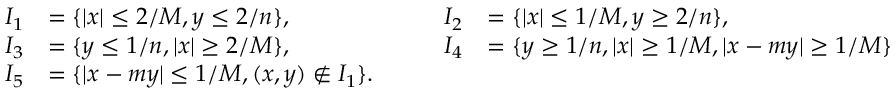
\begin{array} { r l r l r l } { I _ { 1 } } & { = \{ | x | \leq 2 / M , y \leq 2 / n \} , } & & { } & { I _ { 2 } } & { = \{ | x | \leq 1 / M , y \geq 2 / n \} , } \\ { I _ { 3 } } & { = \{ y \leq 1 / n , | x | \geq 2 / M \} , } & & { } & { I _ { 4 } } & { = \{ y \geq 1 / n , | x | \geq 1 / M , | x - m y | \geq 1 / M \} } \\ { I _ { 5 } } & { = \{ | x - m y | \leq 1 / M , ( x , y ) \notin I _ { 1 } \} . } \end{array}